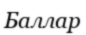
Баллар